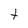
Character: t